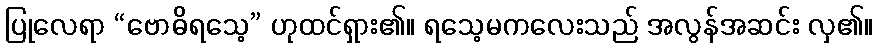
ပြုလေရာ “ဗောဓိရသေ့” ဟုထင်ရှား၏။ ရသေ့မကလေးသည် အလွန်အဆင်း လှ၏။